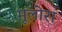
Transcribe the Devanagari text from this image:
मूलोरा